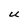
Character: U